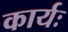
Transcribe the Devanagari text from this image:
कार्यः